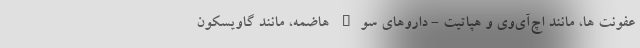
عفونت ها، مانند اچ‌آی‌وی و هپاتیت - داروهای سوء هاضمه، مانند گاویسکون